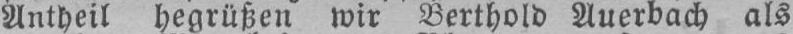
Antheil begrüßen wir Berthold Auerbach als